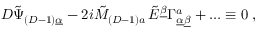
{ \cal D } \tilde { \Psi } _ { ( D - 1 ) \underline { { { \alpha } } } } - 2 i \tilde { M } _ { ( D - 1 ) a } \, \tilde { E } ^ { \underline { { { \beta } } } } \Gamma _ { \underline { { { \alpha } } } \underline { { { \beta } } } } ^ { a } + \ldots \equiv 0 \; ,